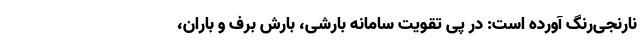
نارنجی‌رنگ آورده است: در پی تقویت سامانه بارشی، بارش برف و باران،